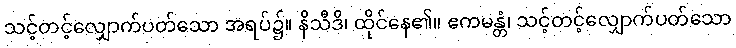
သင့်တင့်လျှောက်ပတ်သော အရပ်၌။ နိသီဒိ၊ ထိုင်နေ၏။ ဧကမန္တံ၊ သင့်တင့်လျှောက်ပတ်သော